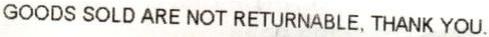
GOODS SOLD ARE NOT RETURNABLE, THANK YOU.